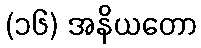
(၁၆) အနိယတော